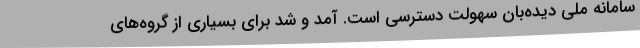
سامانه ملی دیده‌بان سهولت دسترسی است. آمد و شد برای بسیاری از گروه‌های